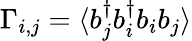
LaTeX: \Gamma_{i,j}=\langle{b}_{j}^{\dagger}{b}_{i}^{\dagger}{b}_{i}{b}_{j}\rangle